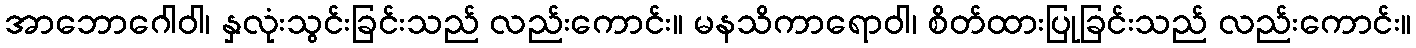
အာဘောဂေါဝါ၊ နှလုံးသွင်းခြင်းသည် လည်းကောင်း။ မနသိကာရောဝါ၊ စိတ်ထားပြုခြင်းသည် လည်းကောင်း။